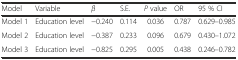
<table><thead><tr><td><b>Model</b></td><td><b>Variable</b></td><td><b><i>β</i></b></td><td><b>S.E.</b></td><td><b><i>P</i> value</b></td><td><b>OR</b></td><td><b>95 % CI</b></td></tr></thead><tbody><tr><td>Model 1</td><td>Education level</td><td>−0.240</td><td>0.114</td><td>0.036</td><td>0.787</td><td>0.629–0.985</td></tr><tr><td>Model 2</td><td>Education level</td><td>−0.387</td><td>0.233</td><td>0.096</td><td>0.679</td><td>0.430–1.072</td></tr><tr><td>Model 3</td><td>Education level</td><td>−0.825</td><td>0.295</td><td>0.005</td><td>0.438</td><td>0.246–0.782</td></tr></tbody></table>